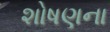
શોષણના